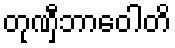
တုဏှီဘာဝေါတိ